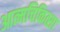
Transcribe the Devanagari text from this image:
आत्मचिकित्सा